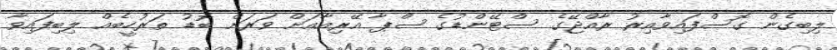
ލިބިގެން ގޮސްފައިވާއިރު ރާއްޖޭގެ ސްޓޭންޑުގެ ސްޕާ އޭރިއާއަށް ވަރަށް ބޮޑު ތަރުހީބެއް ލިބިފައިވާ